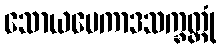
သောယမေကာဒသက္ခတ္တုံ